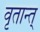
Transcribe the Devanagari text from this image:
वृतान्त्